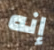
إنه